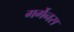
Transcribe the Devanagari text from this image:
गर्गेनस